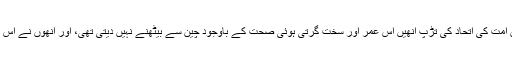
بات بھی سو فیصد سچ تھی کہ وہ جن کے دل میں امت کی اتحاد کی تڑپ انھیں اس عمر اور سخت گرتی ہوئی صحت کے باوجود چین سے بیٹھنے نہیں دیتی تھی، اور انھوں نے اس کی جدوجہد میں ہر اپنی زندگی کا ہر لمحہ لگادیا۔